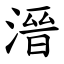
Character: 溍